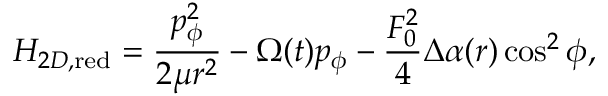
{ \cal H } _ { 2 D , \mathrm { r e d } } = \frac { p _ { \phi } ^ { 2 } } { 2 \mu r ^ { 2 } } - \Omega ( t ) p _ { \phi } - \frac { F _ { 0 } ^ { 2 } } { 4 } \Delta \alpha ( r ) \cos ^ { 2 } \phi ,